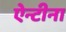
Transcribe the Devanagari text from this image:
ऐन्टीना